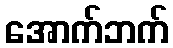
အောက်ဘက်